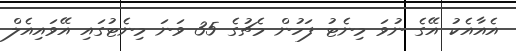
އެއާއެކު އޭގެ ނުވަ މިނެޓު ފަހުން މެޗުގެ 35 ވަނަ މިނެޓުގައި އޭވައިއެލް